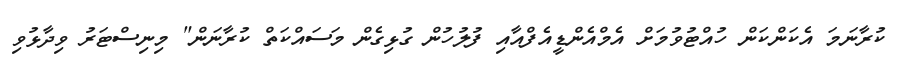
ކުރާނަމަ އެކަންކަން ހުއްޓުވުމަށް އެމްއެންޑީއެފްއާއި ފުލުހުން ގުޅިގެން މަސައްކަތް ކުރާނަން" މިނިސްޓަރު ވިދާޅުވި